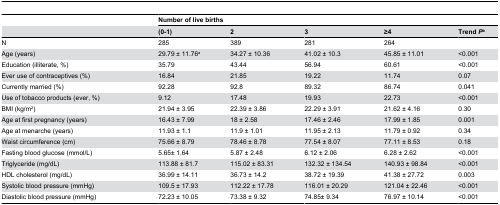
<table><thead><tr><td></td><td colspan="5"><b>Number of live births</b></td></tr><tr><td></td><td><b>(0-1)</b></td><td><b>2</b></td><td><b>3</b></td><td><b>≥4</b></td><td><b>Trend <i>P</i><sup>b</sup></b></td></tr></thead><tbody><tr><td>N</td><td>285</td><td>389</td><td>281</td><td>264</td><td></td></tr><tr><td>Age (years)</td><td>29.79 ± 11.76<sup>a</sup></td><td>34.27 ± 10.36</td><td>41.02 ± 10.3</td><td>45.85 ± 11.01</td><td>&lt;0.001</td></tr><tr><td>Education (illiterate, %)</td><td>35.79</td><td>43.44</td><td>56.94</td><td>60.61</td><td>&lt;0.001</td></tr><tr><td>Ever use of contraceptives (%)</td><td>16.84</td><td>21.85</td><td>19.22</td><td>11.74</td><td>0.07</td></tr><tr><td>Currently married (%)</td><td>92.28</td><td>92.8</td><td>89.32</td><td>86.74</td><td>0.041</td></tr><tr><td>Use of tobacco products (ever, %)</td><td>9.12</td><td>17.48</td><td>19.93</td><td>22.73</td><td>&lt;0.001</td></tr><tr><td>BMI (kg/m<sup>2</sup>)</td><td>21.94 ± 3.95</td><td>22.39 ± 3.86</td><td>22.29 ± 3.91</td><td>21.62 ± 4.16</td><td>0.30</td></tr><tr><td>Age at first pregnancy (years)</td><td>16.43 ± 7.99</td><td>18 ± 2.58</td><td>17.46 ± 2.46</td><td>17.99 ± 1.85</td><td>0.001</td></tr><tr><td>Age at menarche (years)</td><td>11.93 ± 1.1</td><td>11.9 ± 1.01</td><td>11.95 ± 2.13</td><td>11.79 ± 0.92</td><td>0.34</td></tr><tr><td>Waist circumference (cm)</td><td>75.66 ± 8.79</td><td>78.46 ± 8.78</td><td>77.54 ± 8.07</td><td>77.11 ± 8.53</td><td>0.18</td></tr><tr><td>Fasting blood glucose (mmol/L)</td><td>5.65± 1.64</td><td>5.87 ± 2.48</td><td>6.12 ± 2.06</td><td>6.28 ± 2.62</td><td>&lt;0.001</td></tr><tr><td>Triglyceride (mg/dL)</td><td>113.88 ± 81.7</td><td>115.02 ± 83.31</td><td>132.32 ± 134.54</td><td>140.93 ± 98.84</td><td>&lt;0.001</td></tr><tr><td>HDL cholesterol (mg/dL)</td><td>36.99 ± 14.11</td><td>36.73 ± 14.2</td><td>38.72 ± 19.39</td><td>41.38 ± 27.72</td><td>0.003</td></tr><tr><td>Systolic blood pressure (mmHg)</td><td>109.5 ± 17.93</td><td>112.22 ± 17.78</td><td>116.01 ± 20.29</td><td>121.04 ± 22.46</td><td>&lt;0.001</td></tr><tr><td>Diastolic blood pressure (mmHg)</td><td>72.23 ± 10.05</td><td>73.38 ± 9.32</td><td>74.85± 9.34</td><td>76.97 ± 10.14</td><td>&lt;0.001</td></tr></tbody></table>